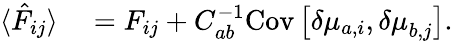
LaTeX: \begin{array}{rl}{\langle\hat{F}_{ij}\rangle}&{{}=F_{ij}+{C}_{ab}^{-1}\mathrm{Cov}\left[\delta{\mu}_{a,i},{\delta\mu}_{b,j}\right].}\end{array}